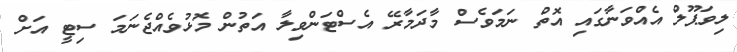
ލިވަޕޫލް އެއްވަނާގައި އޮތް ނަމަވެސް މާދަމާރޭ އެސްޓަންވިލާ އަތުން މޮޅުވެއްޖެނަމަ ސިޓީ އަށް